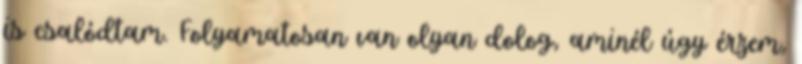
is csalódtam. Folyamatosan van olyan dolog, aminél úgy érzem,